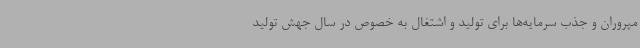
مپروران و جذب سرمایه‌ها برای تولید و اشتغال به خصوص در سال جهش تولید